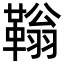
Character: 䩺